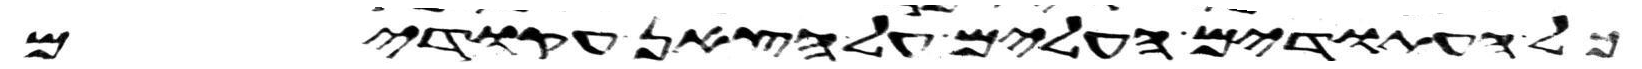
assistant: כל העתודים העלים על הצאן עקודים